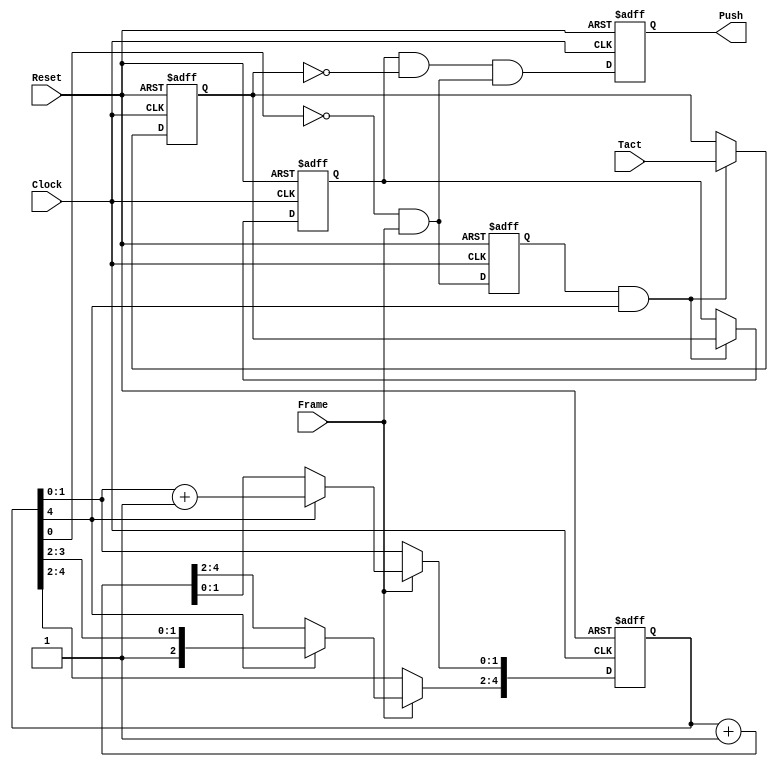
//
//		
//	
/* Portlist

TactPulse #(
		num_tact=1
	) tpulse (
		.Clock(Clock),	//i
		.Reset(Reset),	//i
		.Frame(),		//i
		.Tact(),		//i:num_tact
		.Push()			//o:num_tact
	);
*/

module TactPulse
#(parameter num_tact = 1)
(
	input Clock,Reset,Frame,
	input [num_tact-1:0] Tact,
	output reg [num_tact-1:0]Push
);

	localparam bw_framecount = 5;
	reg rSampleFrame;
	reg [bw_framecount-1:0] rFrameCount;
	reg [num_tact-1:0] rTactBefore,rTactAfter;
	wire wSampleFrame = (rFrameCount[0]==1'b0) && Frame;
	
	wire  [num_tact-1:0] wPush = (rTactAfter&{num_tact{1'b1}}) & (~rTactBefore&{num_tact{1'b1}}) & {num_tact{wSampleFrame}};
	
	wire wSampleEnable = rFrameCount[bw_framecount-1];	//
	always@(posedge Reset or posedge Clock) begin
		if(Reset)begin
			{rFrameCount,Push,rTactAfter,rTactBefore,rSampleFrame}		<= 1'b0;
			rTactBefore		<= {num_tact{1'b1}};
			rTactAfter		<= {num_tact{1'b1}};
		end else begin
			rSampleFrame	<= wSampleFrame;
			
			if(Frame) begin
				if(wSampleEnable)
					rFrameCount[1:0]	<= rFrameCount[1:0] + 1'b1;
				else
					rFrameCount			<= rFrameCount + 1'b1;
			end
				
			if(rSampleFrame & wSampleEnable) begin
				rTactBefore		<= Tact;
				rTactAfter		<= rTactBefore;
			end	
			Push	<= wPush;
		end
	end

endmodule